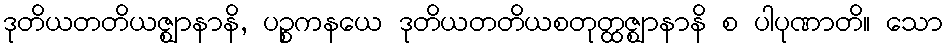
ဒုတိယတတိယဇ္ဈာနာနိ, ပဉ္စကနယေ ဒုတိယတတိယစတုတ္ထဇ္ဈာနာနိ စ ပါပုဏာတိ။ သော